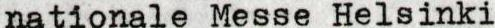
nationale Messe Helsinki